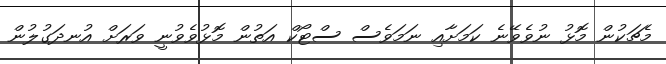
މެޗަކުން މޮޅު ނުވެވޭނެ ކަމަށާއި ނަމަވެސް ސްޓޯކް އަތުން މޮޅުވެވުނީ ވަރަށް އުނދަގުލުން